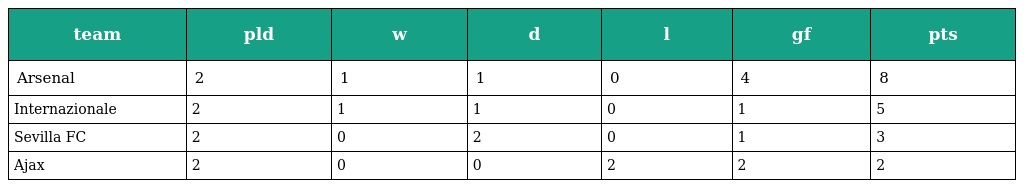
| team | pld | w | d | l | gf | pts |
 | --- | --- | --- | --- | --- | --- | --- |
 | Arsenal | 2 | 1 | 1 | 0 | 4 | 8 |
 | Internazionale | 2 | 1 | 1 | 0 | 1 | 5 |
 | Sevilla FC | 2 | 0 | 2 | 0 | 1 | 3 |
 | Ajax | 2 | 0 | 0 | 2 | 2 | 2 |